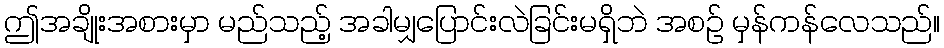
ဤအချိုးအစားမှာ မည်သည့် အခါမျှပြောင်းလဲခြင်းမရှိဘဲ အစဉ် မှန်ကန်လေသည်။